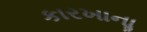
કારખાનાૢ